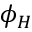
\phi _ { H }